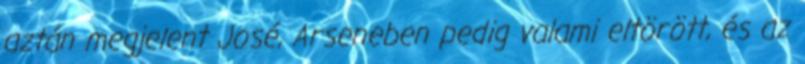
aztán megjelent José, Arseneben pedig valami eltörött, és az